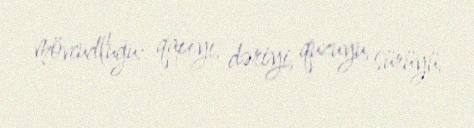
mövcudluğu: qapıyı, dəriyi, quzuyu, sürüyü.